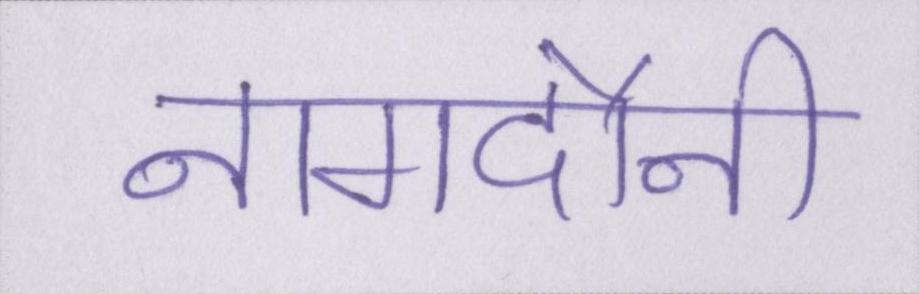
नागदौनी